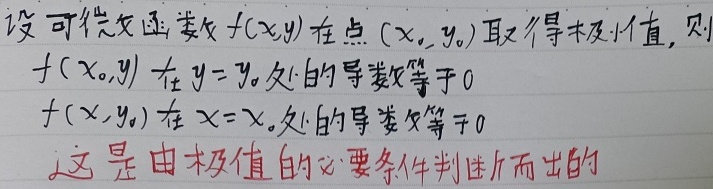
设可微函数 \(f(x,y)\) 在点 \((x_0,y_0)\) 取得极值，则
\[
f(x_0,y)\text{ 在 }y = y_0\text{ 处的导数等于 }0
\]
\[
f(x,y_0)\text{ 在 }x = x_0\text{ 处的导数等于 }0
\]
这是由极值的必要条件判断而出的。